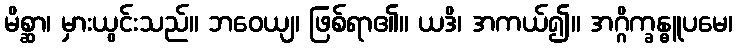
မိစ္ဆာ၊ မှားယွင်းသည်။ ဘဝေယျ၊ ဖြစ်ရာ၏။ ယဒိ၊ အကယ်၍။ အဂ္ဂိက္ခန္ဓူပမေ၊